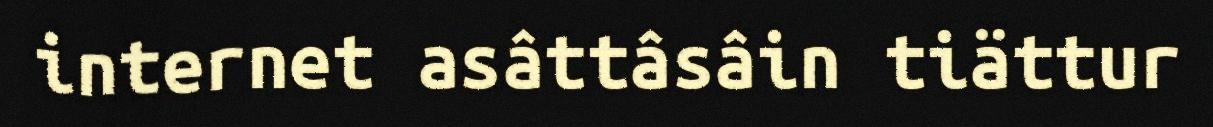
internet asâttâsâin tiättur